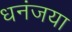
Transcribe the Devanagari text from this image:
धनंजया